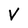
Character: v